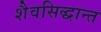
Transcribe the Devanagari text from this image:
शैवसिद्धान्त